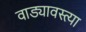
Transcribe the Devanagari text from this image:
वाड्यावस्त्या